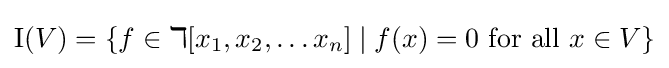
\operatorname {I} (V)=\{f\in \mathbb {k} [x_{1},x_{2},\ldots x_{n}]\mid f(x)=0{\mbox{ for all }}x\in V\}